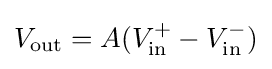
V_{\text{out}}=A(V_{\text{in}}^{+}-V_{\text{in}}^{-})